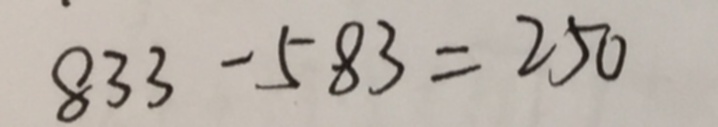
8 3 3 - 5 8 3 = 2 5 0